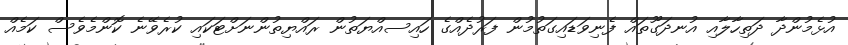
އުޅެމުންދާ ދަތިހާލާއި އުނދަގޫތައް ފެނިވަޑައިގަތުމުން ފަރުދެއްގެ ހައިސއްޔަތުން ރައްޔިތުންނަށްޓަކައި ކުރެވޭނެ ކޮންމެވެސް ކަމެއް